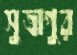
সুত্রাপুর